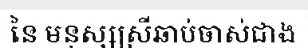
នៃ មនុស្សស្រីឆាប់ចាស់ជាង